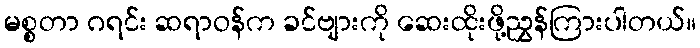
မစ္စတာ ဂရင်း ဆရာဝန်က ခင်ဗျားကို ဆေးထိုးဖို့ညွှန်ကြားပါတယ်။